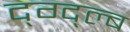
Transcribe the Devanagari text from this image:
द्ग्द्ल्ब